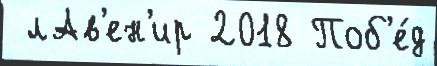
 лАв'ен'ир 2018 Поб'е́д